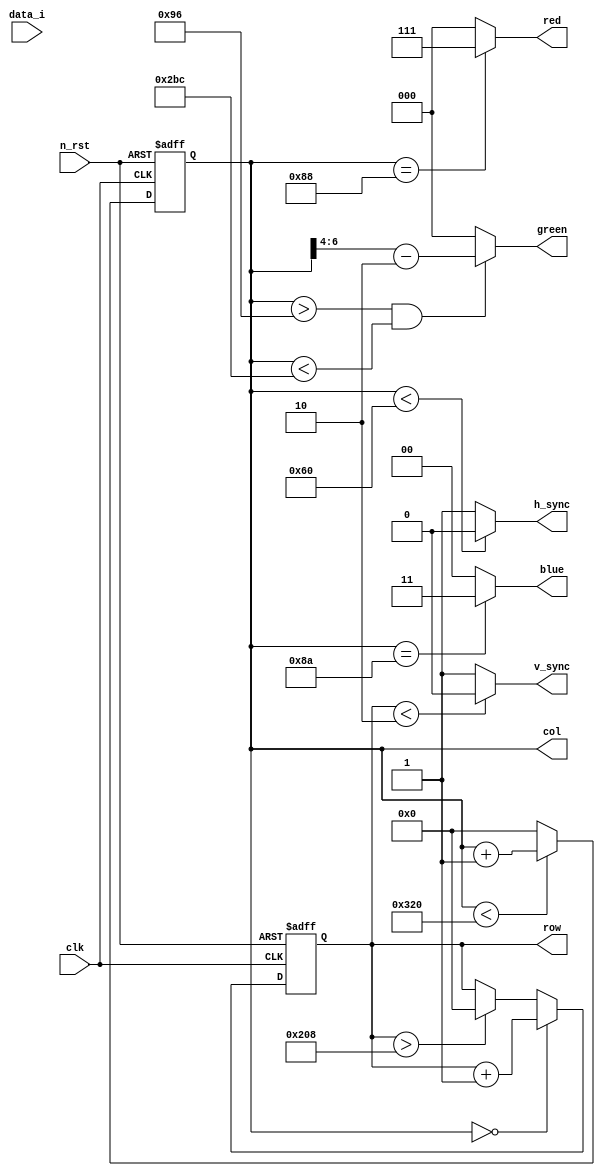
`timescale 1ns / 1ps
//////////////////////////////////////////////////////////////////////////////////
// Company: 
// Engineer: 
// 
// Design Name: 
// Module Name:    vga 
// Project Name: 
// Target Devices: 
// Tool versions: 
// Description: 
//
// Dependencies: 
//
// Revision: 
// Revision 0.01 - File Created
// Additional Comments: 
//
//////////////////////////////////////////////////////////////////////////////////
module vga(
    input clk,
    input n_rst,
    output h_sync,
    output v_sync,
    output wire [2:0] red,
    output wire [2:0] green,
    output wire [1:0] blue,
    output reg [9:0] col,
    output reg [9:0] row,
    input [15:0] data_i
    );

always @(negedge n_rst or posedge clk) begin
    if(~n_rst)
        col <= {10{1'b0}};
    else if(col<800)
        col <= col + 10'b00_0000_0001;
    else 
        col <= {10{1'b0}};
end

assign h_sync =  (col <96 ) ? 1'b0 : 1'b1;

always @(negedge n_rst or posedge clk) begin
    if(~n_rst)
        row <= {10{1'b0}};
    else if(col == 10'b00_0000_0000)
        row <= row + 10'b0_0000_0001;
    else if(row >520)
        row <= {10{1'b0}};
end

assign v_sync =  (row <2 ) ? 1'b0 : 1'b1;
/*
assign red   = col[0] == 1'b0 ? data_i[2:0] : data_i[10:8];
assign green = col[0] == 1'b0 ? data_i[5:3] : data_i[13:11];
assign blue  = col[0] == 1'b0 ? data_i[7:6] : data_i[15:14];
*/

//wire ok = (col == 134) || (col == 639+134) || row ==32 || row ==32+475;
//wire ok = row[0] == 1'b0;

assign red   = col==136 ? 3'b111 : 3'b000;
assign green = col> 150 && col < 700 ? (col[6:4]-2):3'b000;
assign blue  = col==138 ? 2'b11 : 2'b00;


/*
assign red   = col[0] == 1'b0 ? data_i[7:5] : data_i[15:13];
assign green = col[0] == 1'b0 ? data_i[4:2] : data_i[12:10];
assign blue  = col[0] == 1'b0 ? data_i[1:0] : data_i[9:8];
*/
endmodule